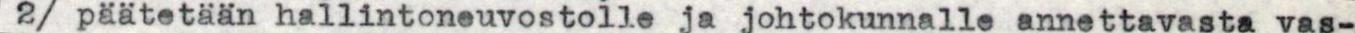
2/ päätetään hallintoneuvostolle ja johtokunnalle annettavasta vas-